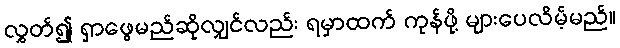
လွှတ်၍ ရှာဖွေမည်ဆိုလျှင်လည်း ရမှာထက် ကုန်ဖို့ များပေလိမ့်မည်။